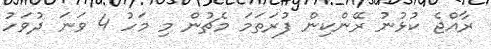
ރާއްޖެ ކުޅުނު ރޭންކިން ފުރަތަމަ މެޗުން މި މަހު 4 ވަނަ ދުވަހު